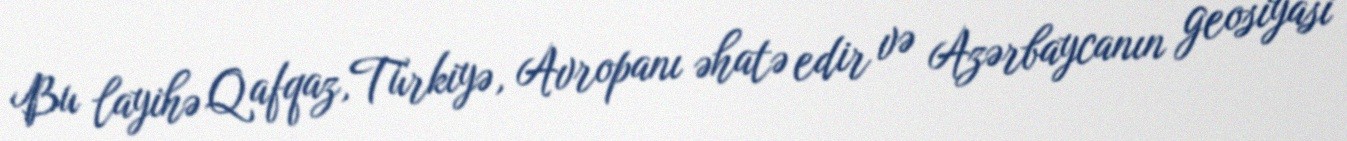
Bu layihə Qafqaz,Türkiyə, Avropanı əhatə edir və Azərbaycanın geosiyasi